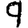
Digit: 9